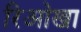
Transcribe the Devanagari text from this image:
रिओखा